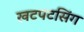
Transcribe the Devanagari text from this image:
खटपटसिंग